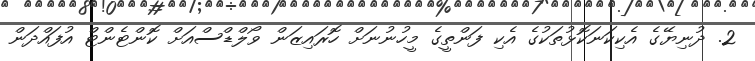
2. ދުނިޔޭގެ އެކިކަނަކޮޅުތަކުގެ އެކި ފަންތީގެ މީހުނުނަށް ހޮރައިޒަން ވޯލްޑްސްއަށް ކޮންޓެންޓް އުފައްދަން